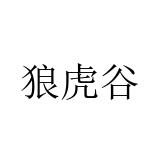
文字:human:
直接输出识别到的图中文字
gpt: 狼虎谷